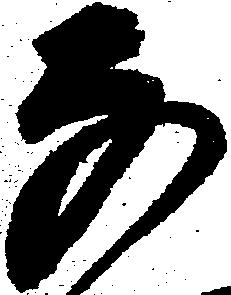
な